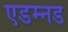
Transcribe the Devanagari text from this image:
एडम्नड